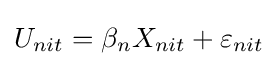
U_{nit}=\beta _{n}X_{nit}+\varepsilon _{nit}